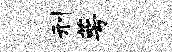
刑萼